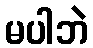
မပါဘဲ